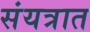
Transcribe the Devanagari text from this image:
संयत्रात